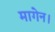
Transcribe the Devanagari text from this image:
मागेन।